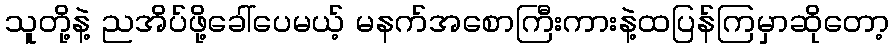
သူတို့နဲ့ ညအိပ်ဖို့ခေါ်ပေမယ့် မနက်အစောကြီးကားနဲ့ထပြန်ကြမှာဆိုတော့